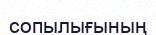
сопылығының